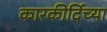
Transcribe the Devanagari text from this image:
कारकीर्दिच्या